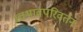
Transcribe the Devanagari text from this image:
स्वभावपरिवर्तन